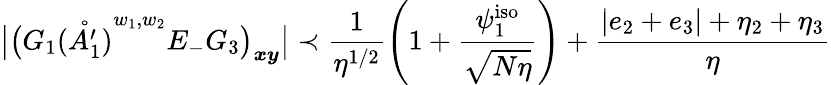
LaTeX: \big|\big(G_{1}\mathring{(A_{1}^{\prime})}^{w_{1},w_{2}}E_{-}G_{3}\big)_{\boldsymbol{x}\boldsymbol{y}}\big|\prec\frac{1}{\eta^{1/2}}\left(1+\frac{\psi_{1}^{\mathrm{iso}}}{\sqrt{N\eta}}\right)+\frac{|e_{2}+e_{3}|+\eta_{2}+\eta_{3}}{\eta}